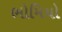
ભોમિયો